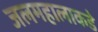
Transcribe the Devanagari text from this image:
जलमहालाकडे